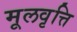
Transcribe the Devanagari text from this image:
मूलवृत्ति